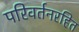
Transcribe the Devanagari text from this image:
परिवर्तनरहित